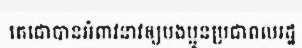
តេជោបានអំពាវនាវឲ្យបងប្អូនប្រជាពលរដ្ឋ